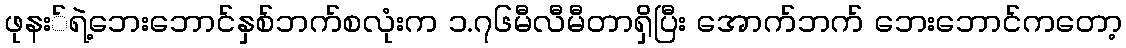
ဖုနး်ရဲ့ဘေးဘောင်နှစ်ဘက်စလုံးက ၁.၇၆မီလီမီတာရှိပြီး အောက်ဘက် ဘေးဘောင်ကတော့